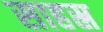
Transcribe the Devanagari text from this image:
साहस्र